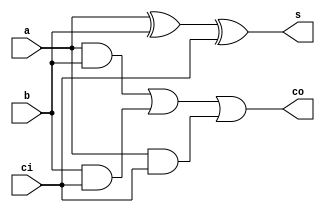
//==============================================================================
// One-Bit Full Adder Module
//==============================================================================

module FullAdder(
	input  a,  // Operand A
	input  b,  // Operand B
	input  ci, // Carry-In
	output s,  // Sum
	output co  // Carry-Out
);

	// combinational logic
	assign s = a^b^ci;                         // XOR all inputs together
	assign co = (a & b) | (b & ci) | (a & ci); // 3 way OR gate

endmodule